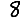
Digit: 8